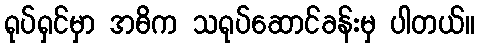
ရုပ်ရှင်မှာ အဓိက သရုပ်ဆောင်ခန်းမှ ပါတယ်။